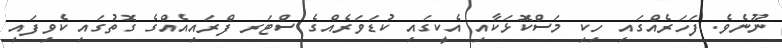
ނޫނެވެ. ފަހަރެއްގައި ހިކި މަސްކޮޅަކާއި އެކީގައި ކުޑަވަރެއްގެ ސްޓަރ ފްރައިއެއްގެ ގޮތުގައި ކެވިފައި